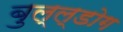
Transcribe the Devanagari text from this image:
बुल्ल्डोग